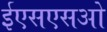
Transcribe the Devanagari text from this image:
ईएसएसओ